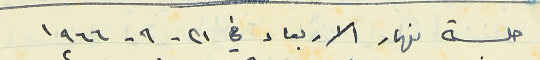
جلسة نهار الاربعاء في ٢١- ٩- ١٩٦٦